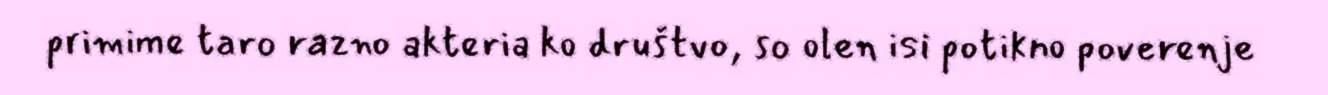
primime taro razno akteria ko društvo, so olen isi potikno poverenje